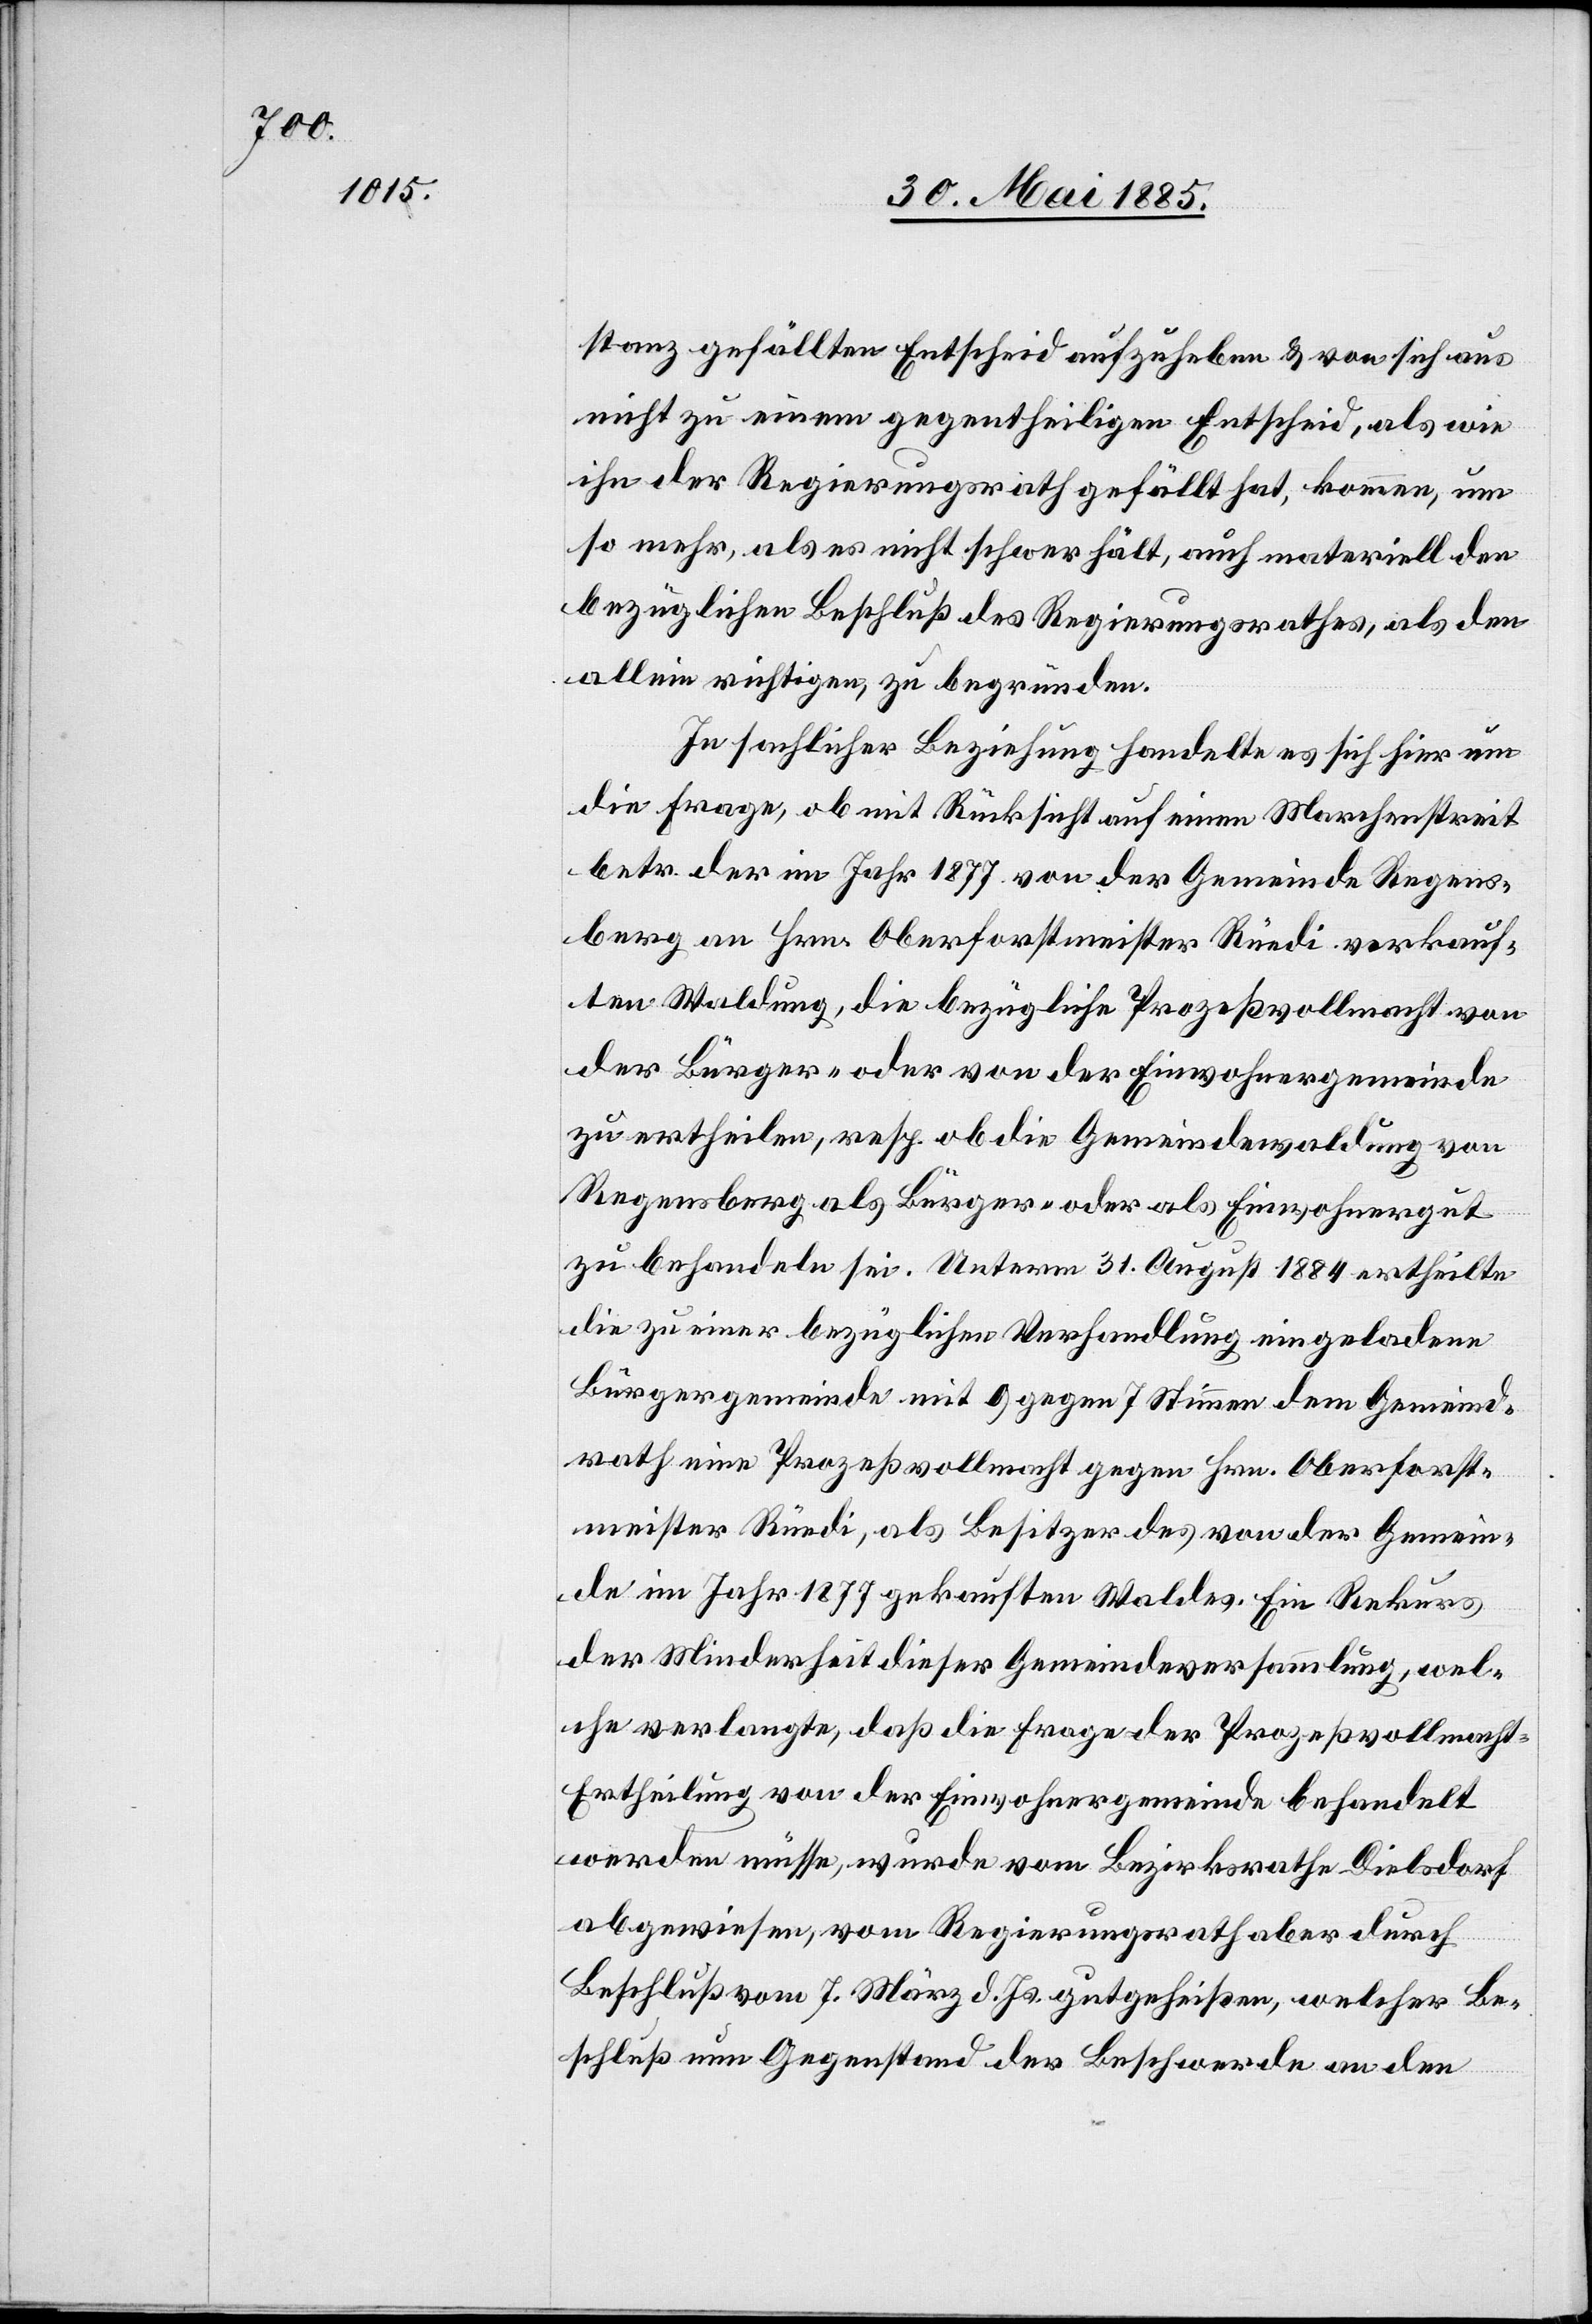
stanz gefällten Entscheid aufzuheben & von sich aus
nicht zu einem gegentheiligen Entscheid, als wie
ihn der Regierungsrath gefällt hat, kommen, um
so mehr, als es nicht schwer hält, auch materiell den
bezüglichen Beschluß des Regierungsrathes, als den
allein richtigen, zu begründen.
In sachlicher Beziehung handelt es sich hier um
die Frage, ob mit Rücksicht auf einen Marchenstreit
betr. der im Jahr 1877 von der Gemeinde Regens¬
berg an Hrn. Oberforstmeister Rüedi verkauf¬
ten Waldung, die bezügliche Prozeßvollmacht von
der Bürger- oder von der Einwohnergemeinde
zu ertheilen, resp. ob die Gemeindewaldung von
Regensberg als Bürger- oder Einwohnergut
zu behandeln sei. Unterm 31. August 1884 ertheilte
die zu einer bezüglichen Verhandlung eingeladene
Bürgergemeinde mit 9 gegen 7 Stimmen dem Gemeind¬
rath eine Prozeßvollmacht gegen Hrn. Oberforst¬
meister Rüedi, als Besitzer des von der Gemein¬
de im Jahr 1877 gekauften Waldes. Ein Rekurs
der Minderheit dieser Gemeindeversammlung, wel¬
che verlangte, daß die Frage der Prozeßvollmach¬
t-Ertheilung von der Einwohnergemeinde behandelt
werden müsse, würde vom Bezirksrathe Dielsdorf
abgewiesen, vom Regierungsrath aber durch
Beschluß vom 7. März d. Js. gutgeheißen, welcher Be¬
schluß nun Gegenstand der Beschwerde an den